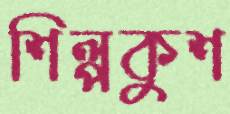
শিল্পকুশ